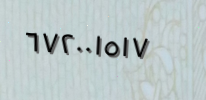
٦٧٢٠٠١٥١٧